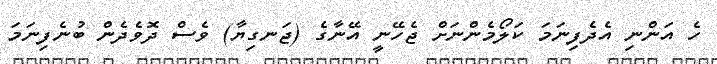
ހެ އަންނި އެދެފިނަމަ ކަލޯމެންނަށް ޖެހޭނީ އޭނާގެ (ޖަނގިޔާ) ވެސް ދޮވެދެން ބުނެފިނަމަ